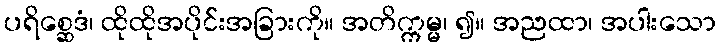
ပရိစ္ဆေဒံ၊ ထိုထိုအပိုင်းအခြားကို။ အတိက္ကမ္မ၊ ၍။ အညထာ၊ အပါးသော